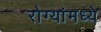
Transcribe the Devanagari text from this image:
रोग्यांमध्ये